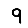
Digit: 9